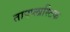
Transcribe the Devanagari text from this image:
तापप्लास्टिक